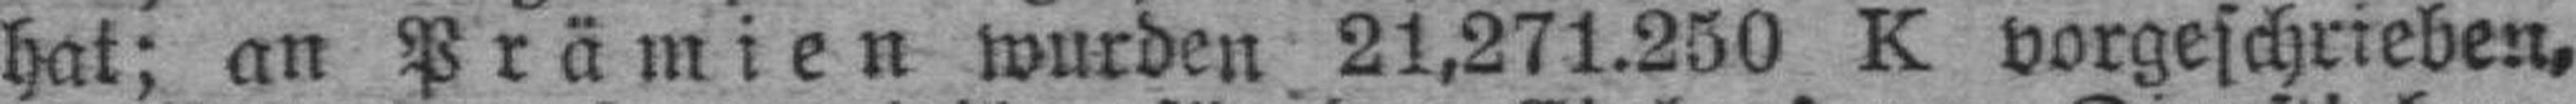
hat; an Prämien wurden 21,271.250 K vorgeschrieben,